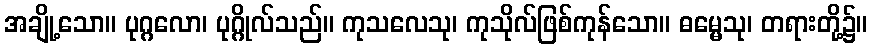
အချို့သော။ ပုဂ္ဂလော၊ ပုဂ္ဂိုလ်သည်။ ကုသလေသု၊ ကုသိုလ်ဖြစ်ကုန်သော။ ဓမ္မေသု၊ တရားတို့၌။